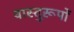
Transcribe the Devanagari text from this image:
वास्तुरूपों